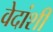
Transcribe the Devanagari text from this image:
वेदांशीं